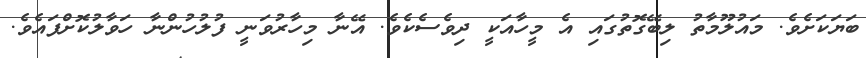
ބަޔަކަށެވެ. މައުލޫމާތު ލިބޭގޮތުގައި އެ މީހާއަކީ ދިވެސެކެވެ. އޭނާ މިހާރުވަނީ ފުލުހުންނާ ހަވާލުކޮށްފައެވެ.